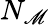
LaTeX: N_{\mathscr{M}}